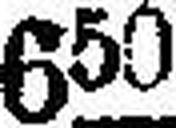
650